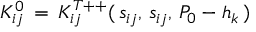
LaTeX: K _ { i j } ^ { 0 } \, = \, K _ { i j } ^ { T + + } ( \, s _ { i j } , \, s _ { i j } , \, P _ { 0 } - h _ { k } \, )